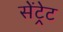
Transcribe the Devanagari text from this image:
सेंट्रेट